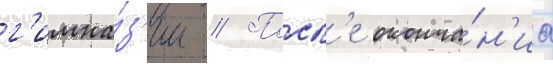
г'имна́з'ии // Посл'е оконча́н'иа